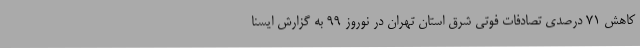
کاهش 71 درصدی تصادفات فوتی شرق استان تهران در نوروز 99 به گزارش ایسنا